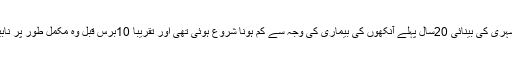
منی سوٹا کے شہری کی بینائی 20سال پہلے آنکھوں کی بیماری کی وجہ سے کم ہونا شروع ہوئی تھی اور تقریبا 10برس قبل وہ مکمل طور پر نابینا ہوگئے تھے۔